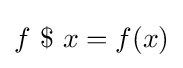
f\mathop {\,\$\,} x=f(x)